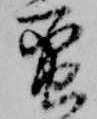
蠻